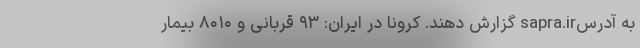
به آدرسsapra.ir گزارش دهند. کرونا در ایران: ۹۳ قربانی و ۸۰۱۰ بیمار